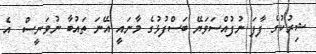
ޝިރުކުގެ ފާފަ ނުފުއްސަވަޔޭ ބަސްފުޅުގެ މާނައީ އޭނަ ތައުބާ ނުވަނީސް  އެ